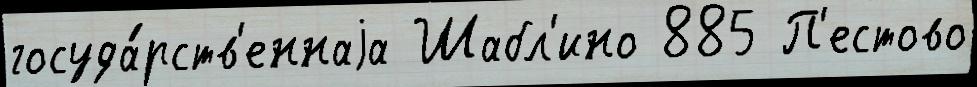
госуда́рств'еннаjа Шабл'ино 885 П'естово